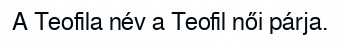
A Teofila név a Teofil női párja.